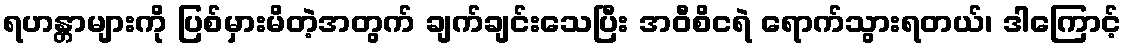
ရဟန္တာများကို ပြစ်မှားမိတဲ့အတွက် ချက်ချင်းသေပြီး အဝီစိငရဲ ရောက်သွားရတယ်၊ ဒါကြောင့်